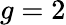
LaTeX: g=2